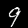
Digit: 9